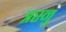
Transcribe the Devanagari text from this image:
त्रस्नु